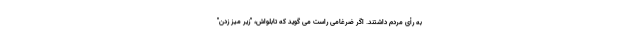
به رأی مردم داشتند. اگر ضرغامی راست می گوید که تابلواش، "زیر میز زدن"